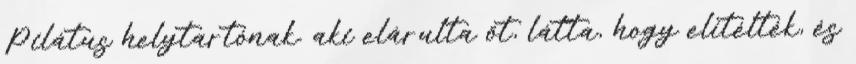
Pilátus helytartónak. aki elárulta őt, látta, hogy elítélték, és